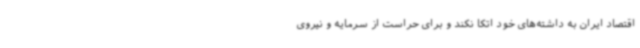
اقتصاد ایران به داشته‌های خود اتکا نکند و برای حراست از سرمایه و نیروی